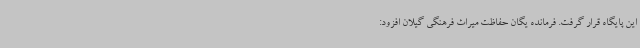
این پایگاه قرار گرفت. فرمانده یگان حفاظت میراث فرهنگی گیلان افزود: